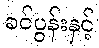
ခင်ပွန်းနှင့်